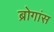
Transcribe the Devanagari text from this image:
ब्रोगांस